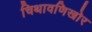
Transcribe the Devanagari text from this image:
चिथावणिखोर